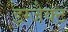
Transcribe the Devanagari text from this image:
इग्जैक्ट